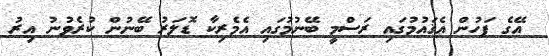
އޭގެ ފަހުން އެޤައުމުގައި ރަސްމީ ބޭނުމުގައި އެމެރިކާ ޑޮލަރު ބޭނުން ކުރެވުނު އިރު